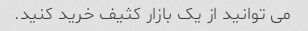
می توانید از یک بازار کثیف خرید کنید.